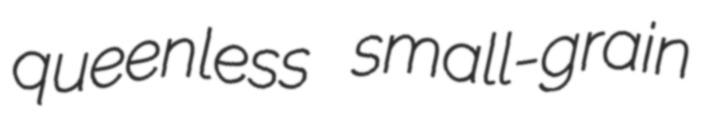
queenless small-grain